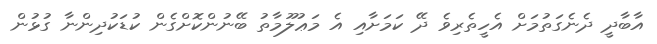
އާބާދީ ދެނެގަތުމަށް އެހީތެރިވެ ދޭ ކަމަށާއި އެ މަޢުލޫމާތު ބޭނުންކޮށްގެން ކުޑަކުދިންނާ ގުޅުން